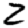
Digit: 2